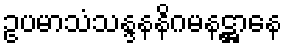
ဥပမာသံသန္ဒနနိဂမနဋ္ဌာနေ